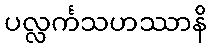
ပလ္လင်္ကသဟဿာနိ